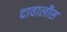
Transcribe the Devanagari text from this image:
दावालौस